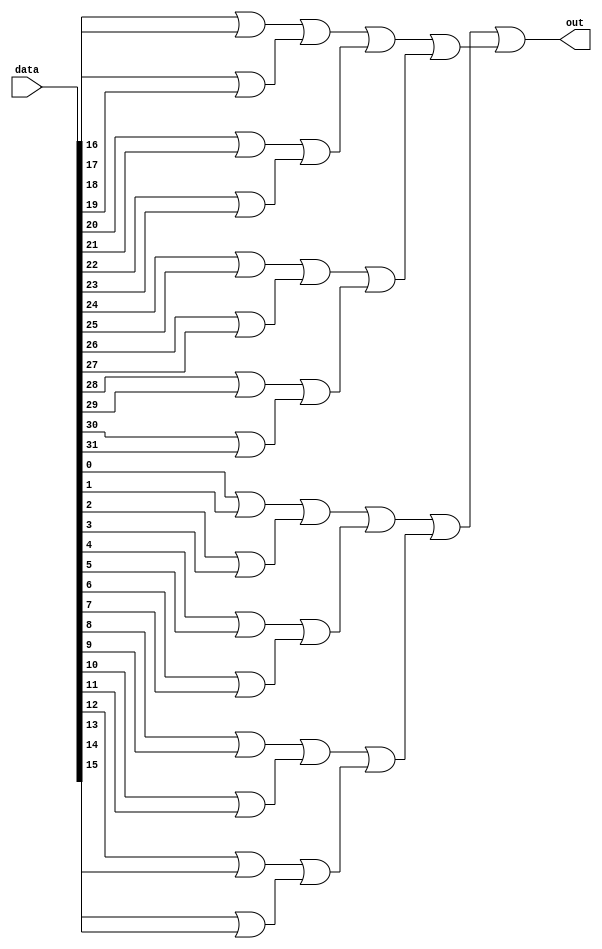
module multiple_input_or_gate (
    input [31:0] data,
    output out
);

wire [15:0] intermediate_result;
wire [7:0] intermediate_result_2;
wire [3:0] intermediate_result_3;
wire [1:0] intermediate_result_4;

genvar i;

generate
    for (i = 0; i < 16; i = i + 1) begin : loop1
        assign intermediate_result[i] = data[i*2] | data[i*2 + 1];
    end

    for (i = 0; i < 8; i = i + 1) begin : loop2
        assign intermediate_result_2[i] = intermediate_result[i*2] | intermediate_result[i*2 + 1];
    end

    for (i = 0; i < 4; i = i + 1) begin : loop3
        assign intermediate_result_3[i] = intermediate_result_2[i*2] | intermediate_result_2[i*2 + 1];
    end

    for (i = 0; i < 2; i = i + 1) begin : loop4
        assign intermediate_result_4[i] = intermediate_result_3[i*2] | intermediate_result_3[i*2 + 1];
    end

endgenerate

assign out = intermediate_result_4[0] | intermediate_result_4[1];

endmodule